Preliminary report on an investigation into the etiology of Oriental sore in Cambay - Number 50
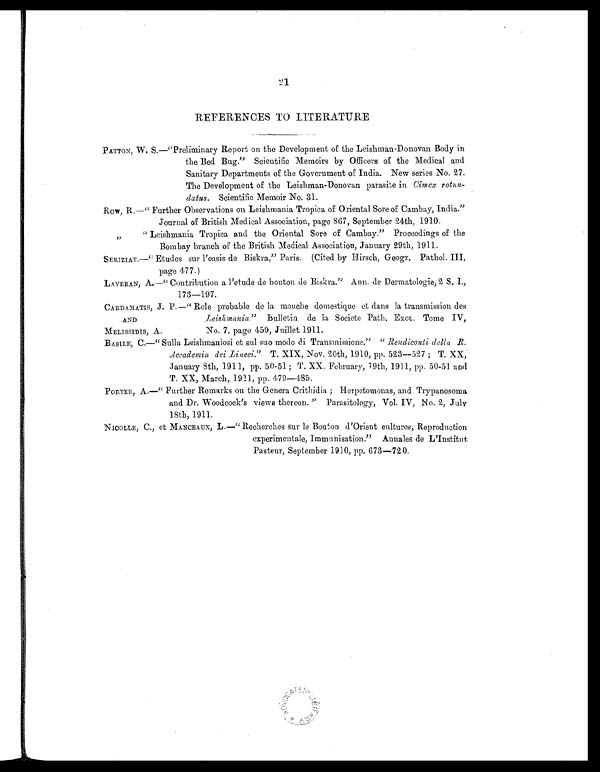
21
REFERENCES TO LITERATURE
PATTON, W. S.—"Preliminary Report on the Development of the Leishman-Donovan Body in
the Bed Bug." Scientific Memoirs by Officers of the Medical and
Sanitary Departments of the Government of India. New series No. 27.
The Development of the Leishman-Donovan parasite in Cimex rotun-
datus. Scientific Memoir No. 31.
Row, R.—" Further Observations on Leishmania Tropica of Oriental Sore of Cambay, India."
Journal of British Medical Association, page 867, September 24th, 1910.
"
" Leishmania Tropica and the Oriental Sore of Cambay." Proceedings of the
Bombay branch of the British Medical Association, January 29th, 1911.
SERIZIAT.—" Etudes sur l'oasis de Biskra," Paris. (Cited by Hirsch, Geogr. Pathol. III,
page 477.)
LAVERAN, A.—" Contribution a Petude de bouton de Biskra." Ann. de Dermatologie, 2 S. I.,
173
—197.
CARDAMATIS, J. P.—" Role probable de la mouche domestique et dans la, transmission des
AND
Leishmania" Bulletin de la Societe Path. Exot. Tome IV,
MELISSIDIS, A.
No. 7, page 459, Juillet 1911.
BASILE, C.—" Sulla Leishmaniosi et sul suo modo di Transmissione." " Rendiconti della
R
. Accademia dei Lincei." T. XIX, Nov. 20th, 1910, pp. 523—527 ; T. XX,
January 8th, 1911, pp. 50-51 ; T. XX. February, 19th, 1911, pp. 50-51. and
T. XX, March, 1911, pp. 479—485.
PORTER, A.—" Further Remarks on the Genera Crithidia ; Herpetomonas, and Trypanosoma
and Dr. Woodcock's views thereon. " Parasitology, Vol. IV, No. 2, July
18th, 1911.
NICOLLE, C., et MANCEAUX, L.—" Recherches sur le Bouton d'Orient cultures, Reproduction
experimentale, Immunisation." Annales de L'Institut
Pasteur, September 1910, pp. 673—720.